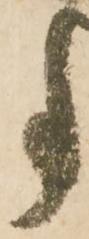
事